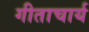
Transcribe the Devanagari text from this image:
गीताचार्य